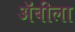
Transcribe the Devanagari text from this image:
अॅबीला